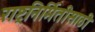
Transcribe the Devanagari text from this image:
राष्ट्रनिर्मितीसाठी